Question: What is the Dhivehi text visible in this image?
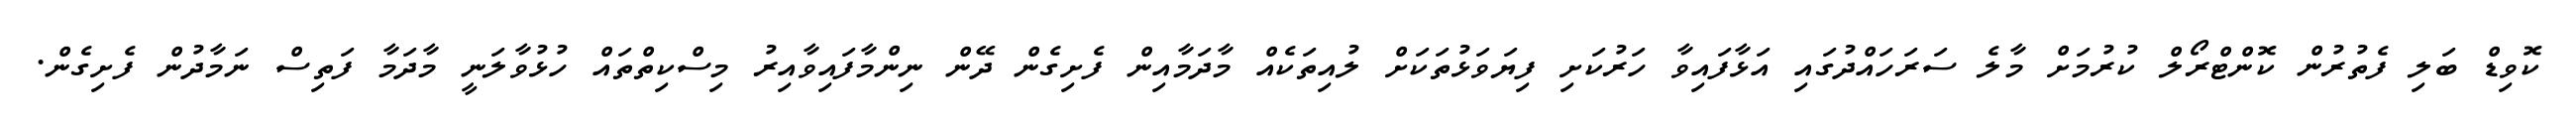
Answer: ކޮވިޑް ބަލި ފެތުރުން ކޮންޓްރޯލް ކުރުމަށް މާލެ ސަރަހައްދުގައި އަޅާފައިވާ ހަރުކަށި ފިޔަވަޅުތަކަށް ލުއިތަކެއް މާދަމާއިން ފެށިގެން ދޭން ނިންމާފައިވާއިރު މިސްކިތްތައް ހުޅުވާލަނީ މާދަމާ ފަތިސް ނަމާދުން ފެށިގެން.